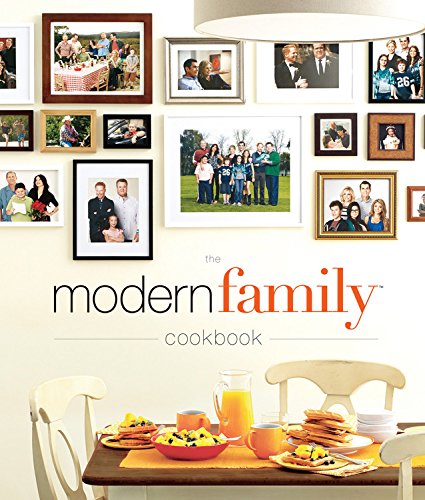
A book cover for The Modern Family Cookbook; Modern Family; Cookbooks, Food & Wine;